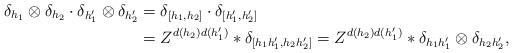
LaTeX: \begin{align*}\delta_{h_1} \otimes \delta_{h_2} \cdot \delta_{h_1' }\otimes \delta_{h_2'} & =\delta_{[h_1,h_2]} \cdot \delta_{[h_1',h_2']} \\& =Z^{d(h_2)d(h_1')} * \delta_{[h_1 h_1',h_2h_2']} =Z^{d(h_2)d(h_1')} * \delta_{h_1 h_1' } \otimes \delta_{h_2h_2' },\end{align*}